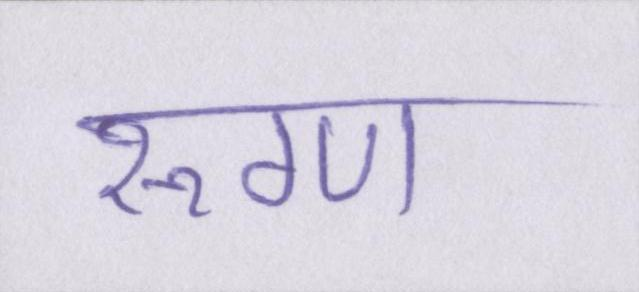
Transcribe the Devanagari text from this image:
रूग्ण